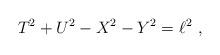
LaTeX: \begin{align*}T^2 + U^2 -X^2 -Y^2 = \ell^2 \ ,\end{align*}